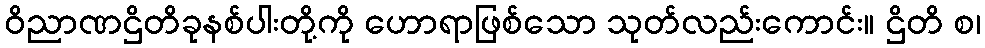
ဝိညာဏဌိတိခုနစ်ပါးတို့ကို ဟောရာဖြစ်သော သုတ်လည်းကောင်း။ ဌိတိ စ၊